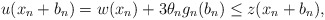
\begin{align*}u(x_n + b_n) = w(x_n) + 3 \theta_n g_n (b_n) \leq z(x_n + b_n),\end{align*}